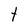
Character: t